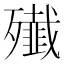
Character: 殱